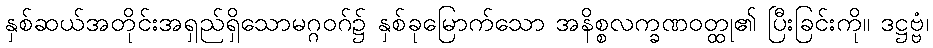
နှစ်ဆယ်အတိုင်းအရှည်ရှိသောမဂ္ဂဝဂ်၌ နှစ်ခုမြောက်သော အနိစ္စလက္ခဏဝတ္ထု၏ ပြီးခြင်းကို။ ဒဋ္ဌဗ္ဗံ၊